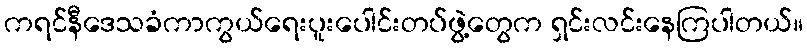
ကရင်နီဒေသခံကာကွယ်ရေးပူးပေါင်းတပ်ဖွဲ့တွေက ရှင်းလင်းနေကြပါတယ်။